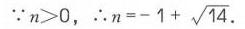
\(\because n>0\)，\(\therefore n=-1 + \sqrt{14}\)